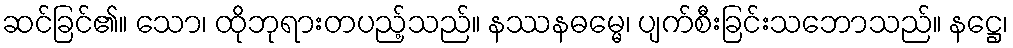
ဆင်ခြင်၏။ သော၊ ထိုဘုရားတပည့်သည်။ နဿနဓမ္မေ၊ ပျက်စီးခြင်းသဘောသည်။ နဋ္ဌေ၊